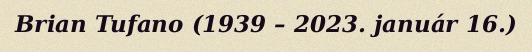
Brian Tufano (1939 – 2023. január 16.)